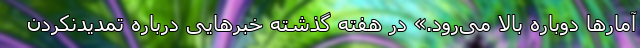
آمارها دوباره بالا می‌رود.» در هفته گذشته خبرهایی درباره تمدیدنکردن